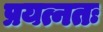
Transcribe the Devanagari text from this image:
प्रयत्नतः